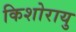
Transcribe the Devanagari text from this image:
किशोरायु